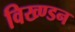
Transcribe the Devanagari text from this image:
विख्ण्डन